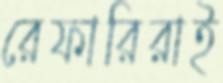
রেফারিরাই